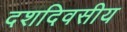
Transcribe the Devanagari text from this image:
दशदिवसीय